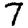
Digit: 7